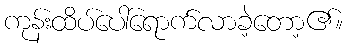
ကုန်းထိပ်ပေါ်ရောက်လာခဲ့တော့၏။